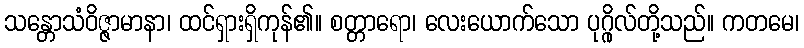
သန္တောသံဝိဇ္ဇာမာနာ၊ ထင်ရှားရှိကုန်၏။ စတ္တာရော၊ လေးယောက်သော ပုဂ္ဂိုလ်တို့သည်။ ကတမေ၊